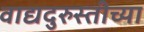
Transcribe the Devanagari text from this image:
वाद्यदुरुस्तीच्या